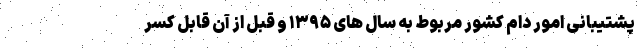
پشتیبانی امور دام کشور مربوط به سال های ۱۳۹۵ و قبل از آن قابل کسر